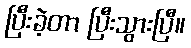
ပြီးခဲ့တာ ပြီးသွားပြီ။